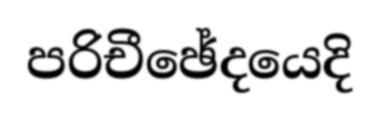
පරිචීඡේදයෙදි